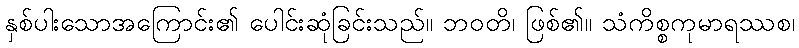
နှစ်ပါးသောအကြောင်း၏ ပေါင်းဆုံခြင်းသည်။ ဘဝတိ၊ ဖြစ်၏။ သံကိစ္စကုမာရဿစ၊